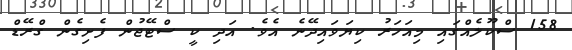
158 ސްކޫލެއްގައި މިއަހަރު ކިޔަވައިދޭނެ އެވެ. އަދި ކީ ސްޓޭޖުން ފެށިގެން ގްރޭޑް